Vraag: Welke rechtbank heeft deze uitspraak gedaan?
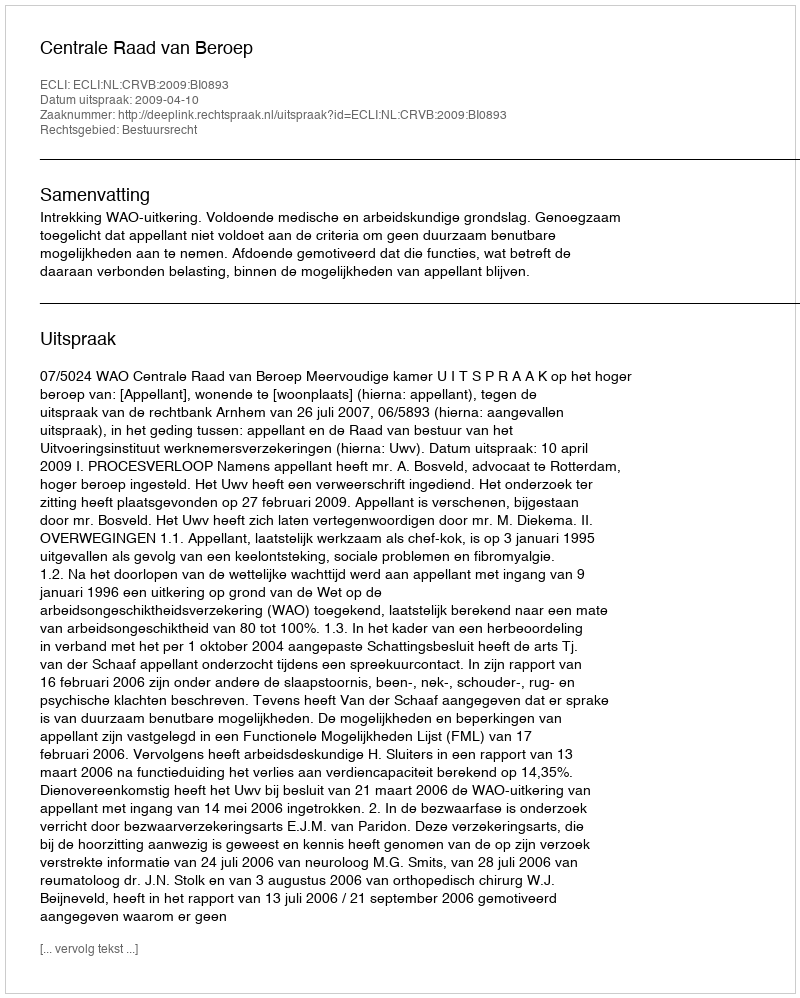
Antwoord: Centrale Raad van Beroep